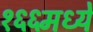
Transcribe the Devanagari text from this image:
१६६मध्ये